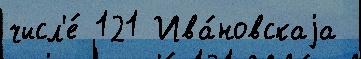
числ'е́ 121 Ива́новскаjа